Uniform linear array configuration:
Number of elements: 48
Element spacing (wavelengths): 0.25
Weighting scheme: binomial
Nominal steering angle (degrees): -45
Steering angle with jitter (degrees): -43.098
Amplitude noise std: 0.05
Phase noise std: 0.05

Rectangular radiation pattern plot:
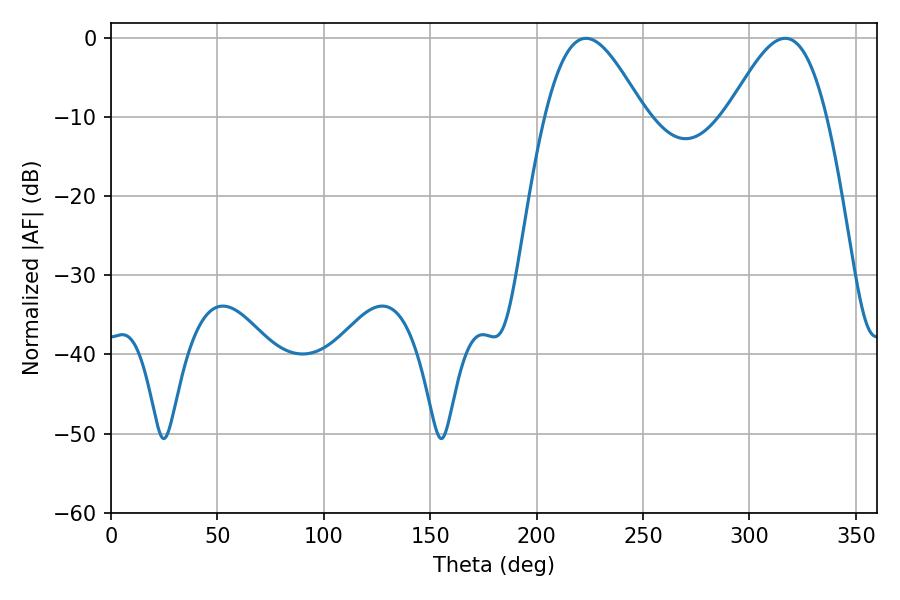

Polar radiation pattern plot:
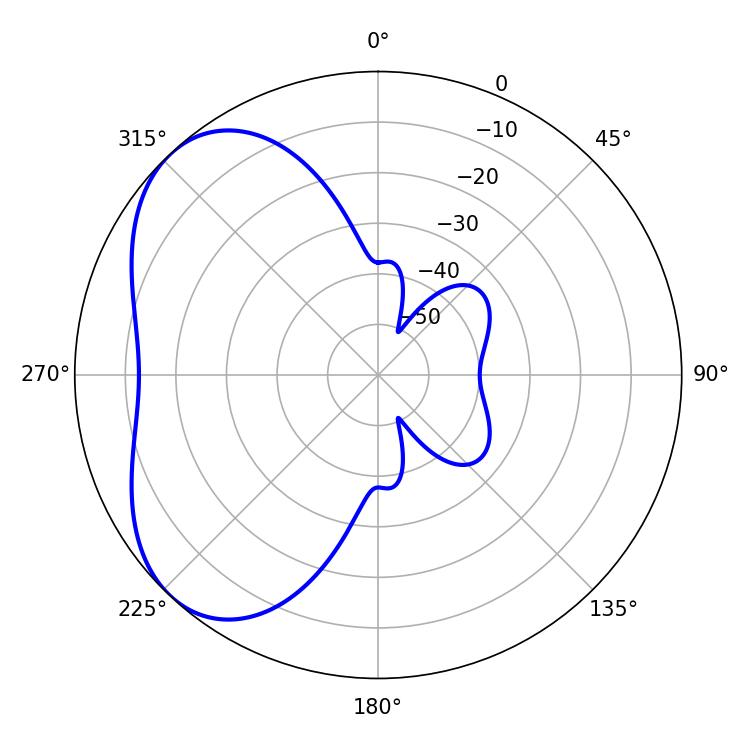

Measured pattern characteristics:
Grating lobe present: FALSE
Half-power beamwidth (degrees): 25.02
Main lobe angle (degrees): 223.2